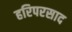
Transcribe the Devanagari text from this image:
हरिपरसाद